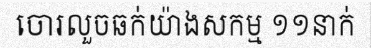
ចោរលួចឆក់យ៉ាងសកម្ម ១១នាក់